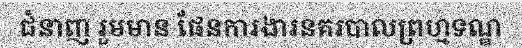
ជំនាញ រួមមាន ផែនការងារនគរបាលព្រហ្មទណ្ឌ